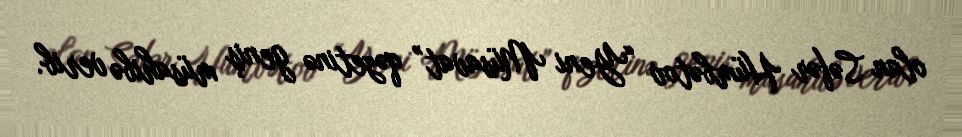
olan Səfər Hümbətov “Yeni Müsavat” qəzetinə geniş müsahibə verib.